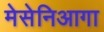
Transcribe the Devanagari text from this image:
मेसेनिआगा